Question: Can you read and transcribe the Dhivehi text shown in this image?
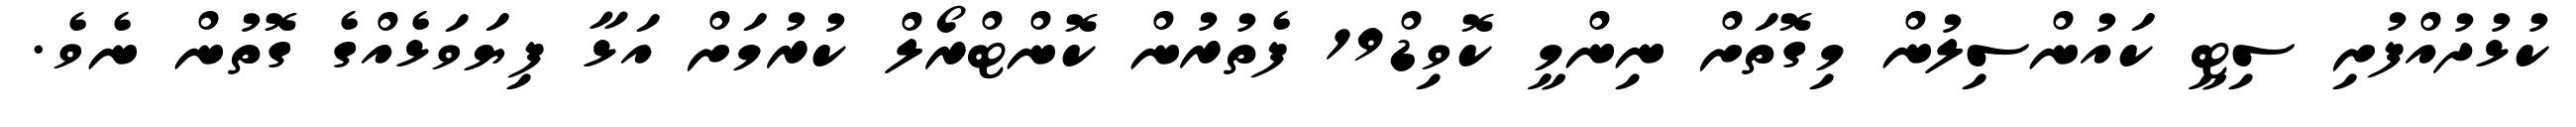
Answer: ކުޅުދުއްފުށި ސިޓީ ކައުންސިލުން މިގޮތަށް ނިންމީ ކޮވިޑް19 ފެތުރުން ކޮންޓްރޯލް ކުރުމަށް އަޅާ ފިޔަވަޅެއްގެ ގޮތުން ނެވެ.